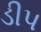
ડીપ